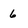
Character: 6